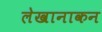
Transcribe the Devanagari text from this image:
लेखानाकन